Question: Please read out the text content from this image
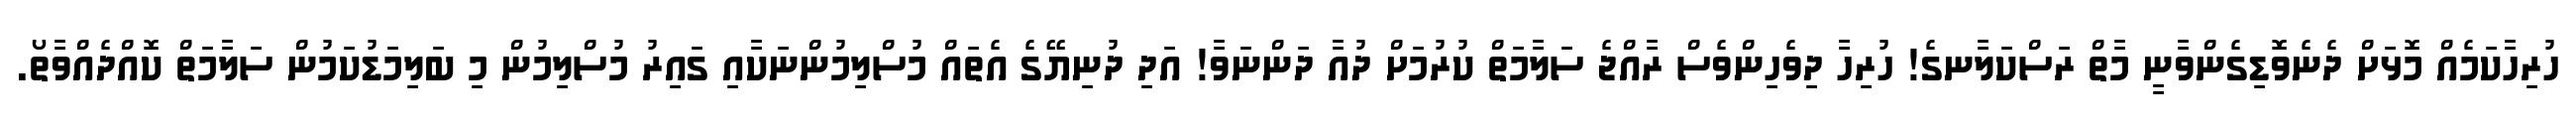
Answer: ހުރިހާކަމެއް މޮޅަށް ދެނެވޮޑިގެންވާނީ މާތް ރަސްކަލާނގެ! ހުރިހާ ދިވެހިންވެސް ރާއްޖެ ސަލާމަތް ކުރުމަށް ދުއާ ދަންނަވާ! އަދި ދުނިޔޭގެ އެތައް މުސްލިމުންނަކާއި ގައިރު މުސްލިމުން މި ބަލިމަޑުކަމުން ސަލާމަތް ކޮއްދެއްވާތޯ.